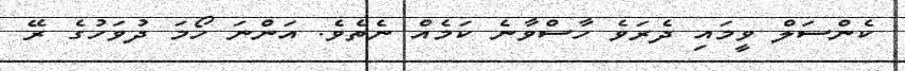
ކެންސަލް ވީމައި ދެރަވެ ހާސްވާނެ ކަމެއް ނެތެވެ. އަންނަ ހޯމަ ދުވަހުގެ ރޭ